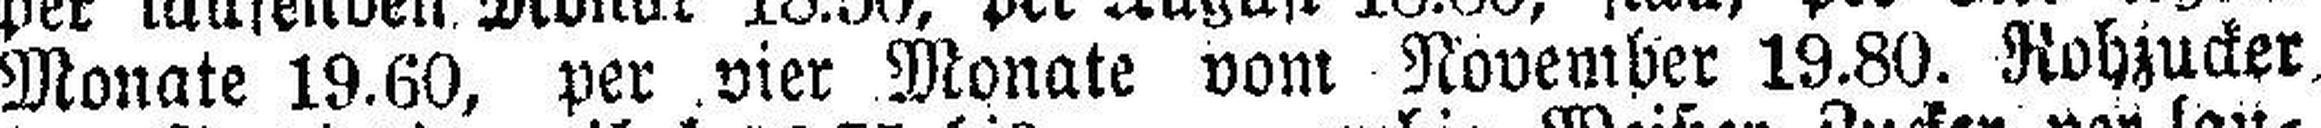
Monate 19.60, per vier Monate vom November 19.80. Rohzucker.